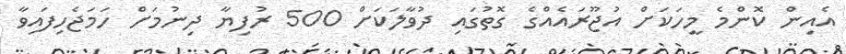
އެއިން ކޮންމެ މީހަކަށް އުޖޫރައެއްގެ ގޮތުގައި ދުވާލަކަށް 500 ރުފިޔާ ދިނުމަށް ހަމަޖެހިފައިވާ